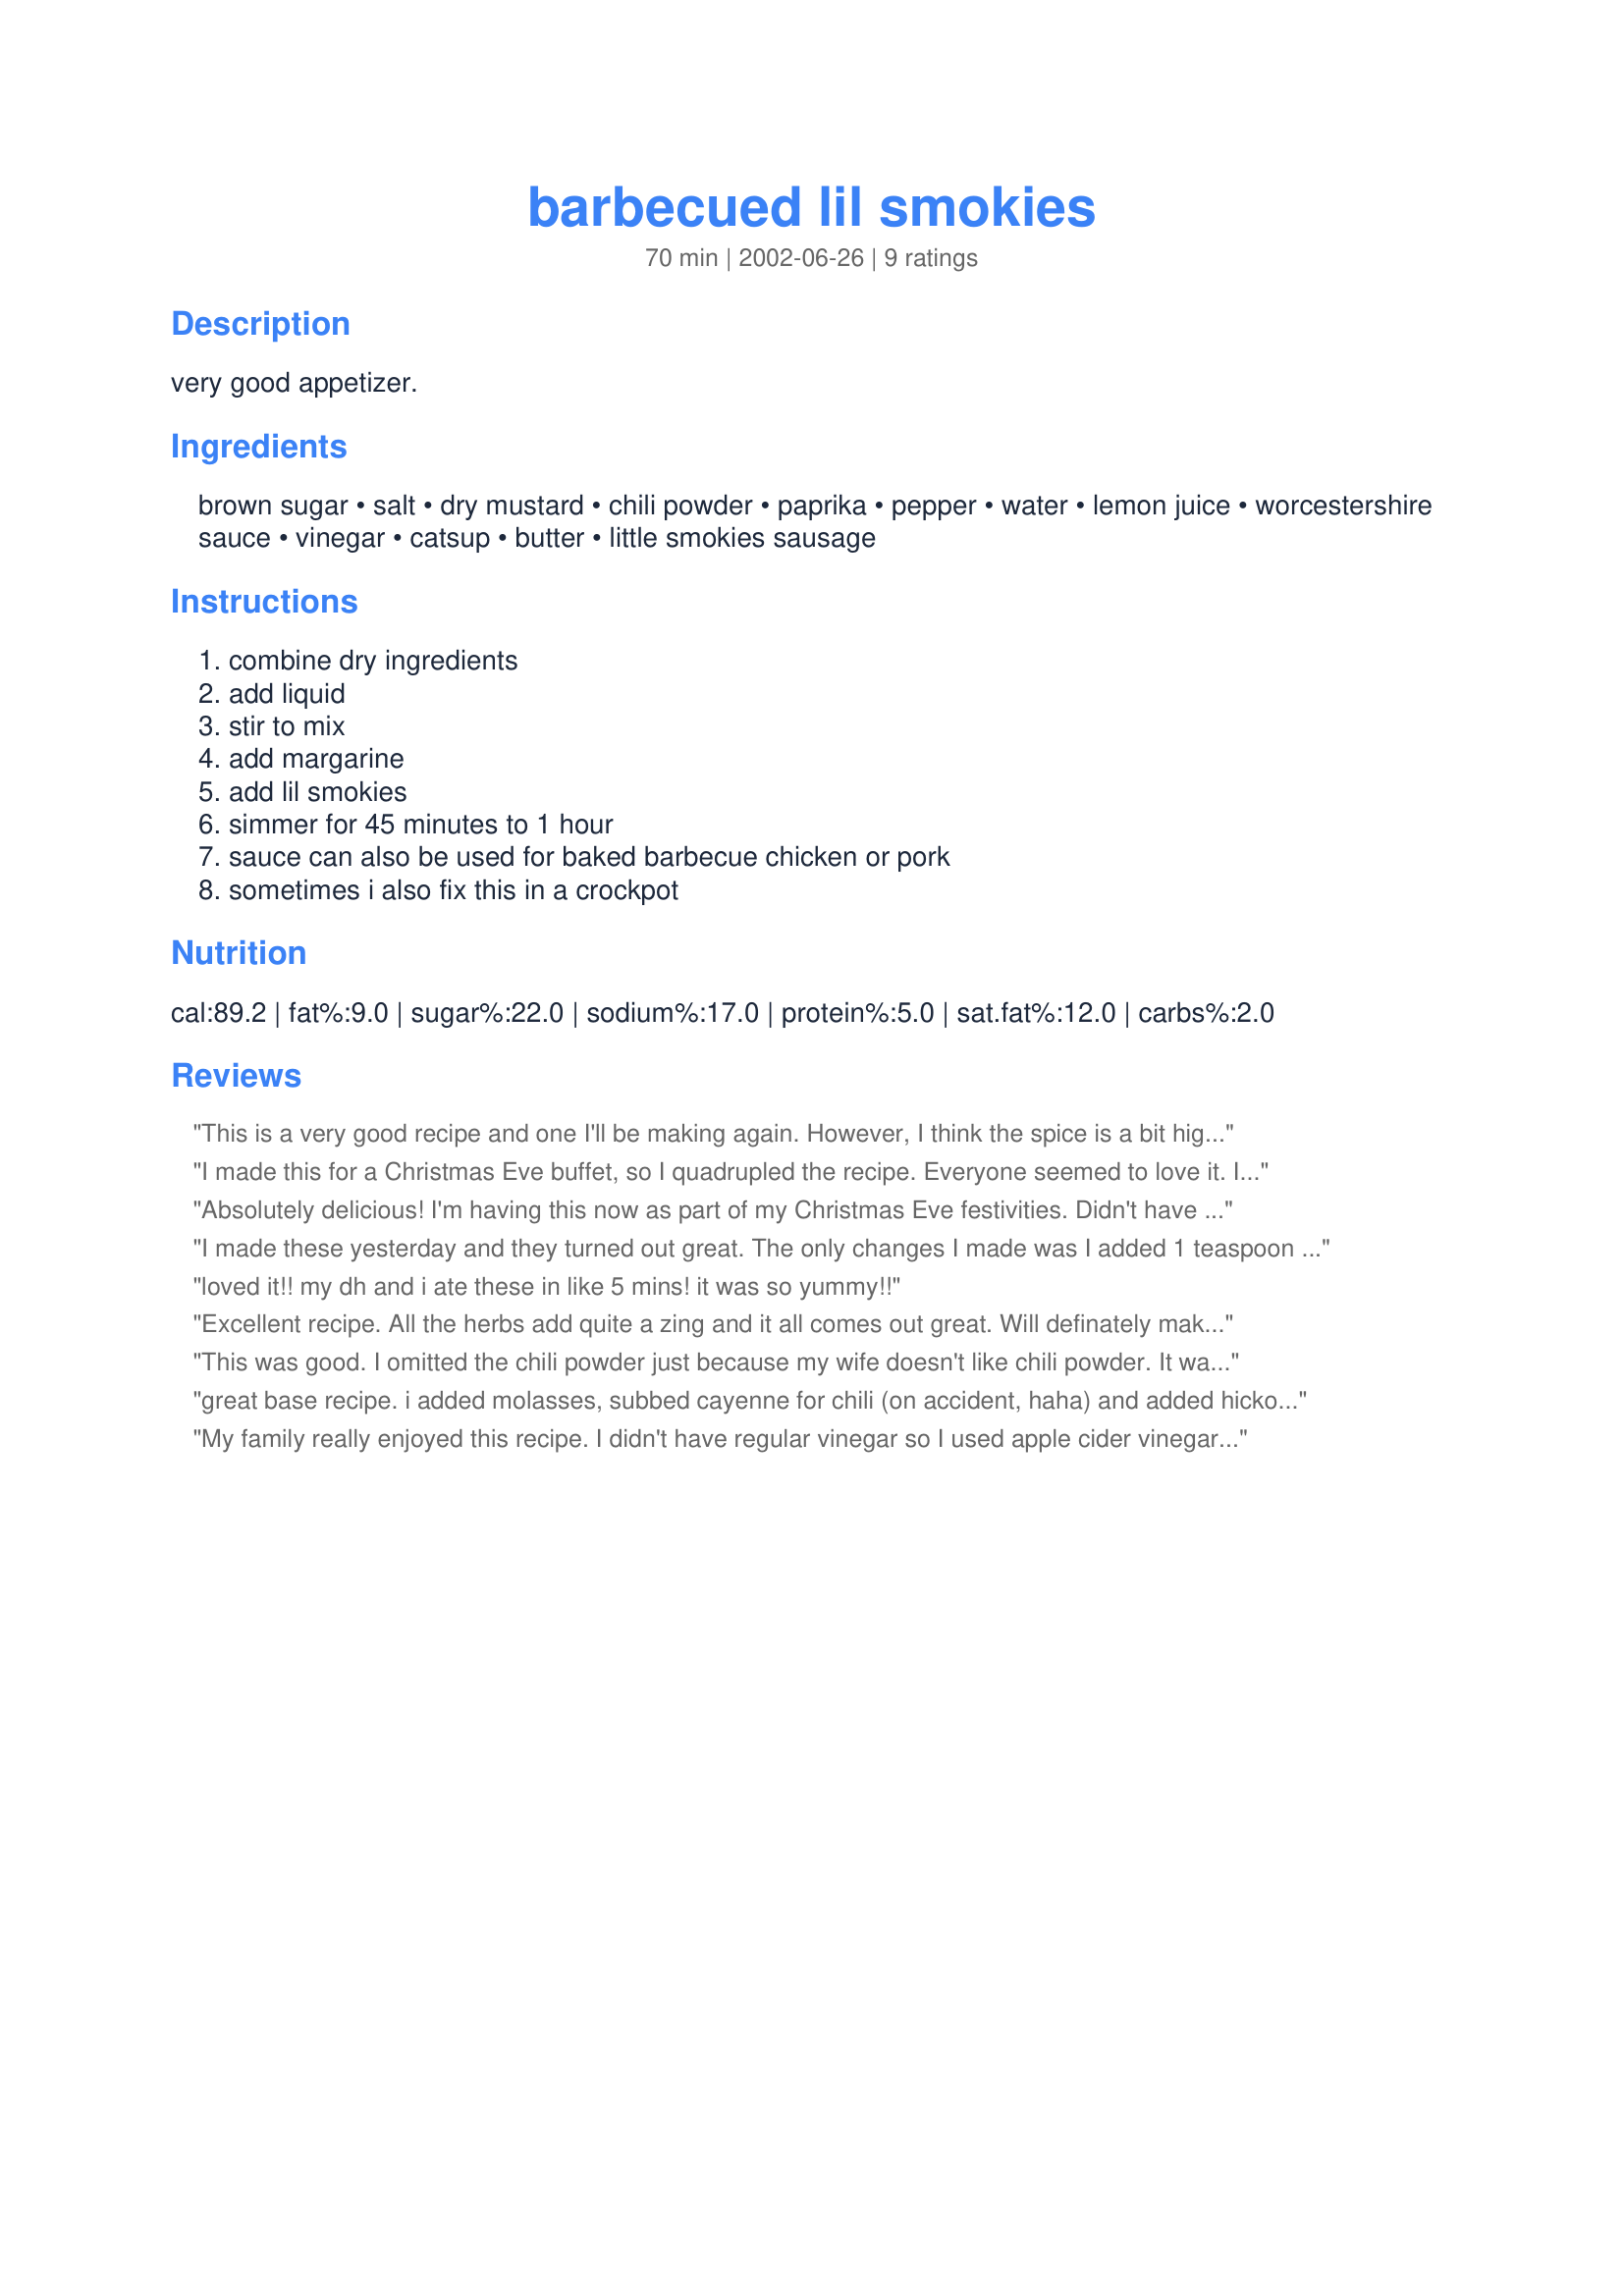
barbecued lil smokies
Preparation time: 70 minutes

very good appetizer.

Ingredients:
brown sugar, salt, dry mustard, chili powder, paprika, pepper, water, lemon juice, worcestershire sauce, vinegar, catsup, butter, little smokies sausage

Steps:
combine dry ingredients, add liquid, stir to mix, add margarine, add lil smokies, simmer for 45 minutes to 1 hour, sauce can also be used for baked barbecue chicken or pork, sometimes i also fix this in a crockpot

Reviews:
This is a very good recipe and one I'll be making again. However, I think the spice is a bit high, so will town down the chili powder next time. I also didn't have fresh lemon juice, so I added extra vinegar. I'll be sure to add the lemon juice next time. Other than that, they were great.
I made this for a Christmas Eve buffet, so I quadrupled the recipe. Everyone seemed to love it. I personally really liked the sauce. I did not like the lil smokies (a texture thing). However, since I put them in the crockpot on high for several hours instead of simmering on the stove, that could have affected the texture. Next time, I will follow the instructions then use the crockpot to keep them warm to see if that makes them better for me.
Absolutely delicious! I'm having this now as part of my Christmas Eve festivities. Didn't have ingredients for my usual grape jelly/chili sauce recipe, so thought I'd try this one. Glad I did! All the ingredients are usually on-hand in my pantry (except didn't have any lemons, subbed vinegar). Sauce became more tasty the longer it cooked. I'd use this sauce on lots of different cuts of meat...bet it'd be good on ribs, or even hot dogs! MMmmmm....thanks so much for posting! :)
I made these yesterday and they turned out great. The only changes I made was I added 1 teaspoon of garlic powder and added an extra tablespoon of brown sugar. Instead of using dry mustard, I used regualar yellow mustard and instead of the regular vinegar I used apple cidar vinegar. This is an awesome recipe!!!!!!!!!!! Will definately make again!
loved it!! my dh and i ate these in like 5 mins! it was so yummy!!
Excellent recipe. All the herbs add quite a zing and it all comes out great. Will definately make it again in the future.
This was good. I omitted the chili powder just because my wife doesn't like chili powder. It was actully very good without it. I bet it would be even better with it. Beyond lil smokies, the sauce would be great for chicken. Make sure to simmer for that full hour, the flavor gets better as everything melds.
great base recipe. i added molasses, subbed cayenne for chili (on accident, haha) and added hickory liquid smoke. i also subbed apple cider vineger for the vineger, and in turn, subbed white vineger for lemon juice. put into a oven safe dish with weenies, and slowbaked at 300 for two hours to really get those flavors out. :) mmmm. thank you, just what i needed!
My family really enjoyed this recipe. I didn't have regular vinegar so I used apple cider vinegar. Added a little cayenne pepper since we like some heat. I wanted to let the sauce simmer a long time but family wouldn't wait. I will definitely make again. Perfect blend. I sort of worried about no onion or garlic since I almost always cook with these ingredients but never missed it and didn't want to add it since the taste was great as it was. Thanks.
